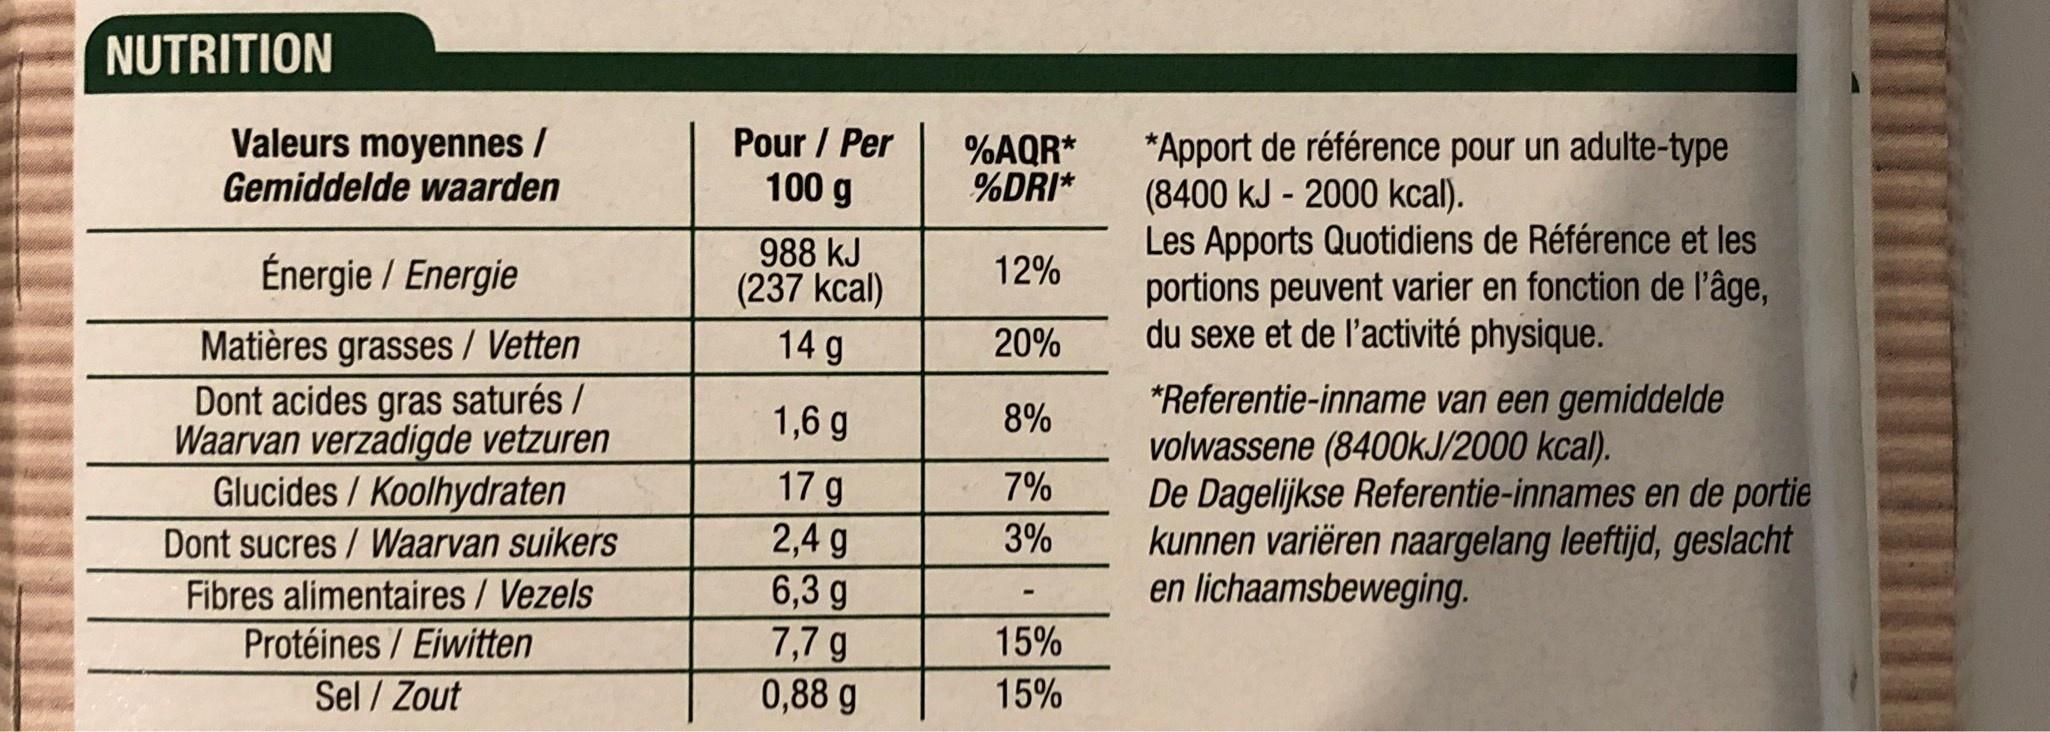
NUTRITION
Valeurs moyennes / Gemiddelde waarden
Pour / Per 100 g
*Apport de référence pour un adulte-type (8400 kJ - 2000 kcal). Les Apports Quotidiens de Référence et les portions peuvent varier en fonction de l'âge, du sexe et de l'activité physique.
%AQR* %DRI*
Énergie / Energie
988 kJ (237 kcal)
12%
Matières grasses / Vetten Dont acides gras saturés / Waarvan verzadigde vetzuren Glucides / Koolhydraten
14 g
20%
*Referentie-inname van een gemiddelde volwassene (8400KJ/2000 kcal). De Dagelijkse Referentie-innames en de portie kunnen variëren naargelang leeftijd, geslacht en lichaamsbeweging.
1,6 g
8%
17 g 2,4 g 6,3 g 7,7 g 0,88 g
7%
Dont sucres / Waarvan suikers
3%
Fibres alimentaires / Vezels Protéines / Eiwitten Sel / Zout
15%
15%